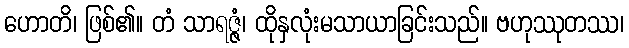
ဟောတိ၊ ဖြစ်၏။ တံ သာရဇ္ဇံ၊ ထိုနှလုံးမသာယာခြင်းသည်။ ဗဟုဿုတဿ၊